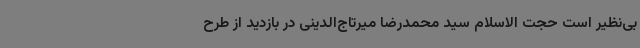
بی‌نظیر است حجت الاسلام سید محمدرضا میرتاج‌الدینی در بازدید از طرح